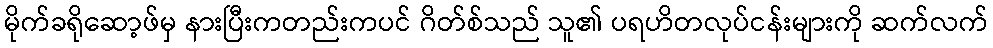
မိုက်ခရိုဆော့ဖ်မှ နားပြီးကတည်းကပင် ဂိတ်စ်သည် သူ၏ ပရဟိတလုပ်ငန်းများကို ဆက်လက်